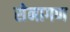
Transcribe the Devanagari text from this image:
सेनागण